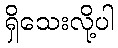
ရှိသေးလို့ပါ